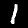
Label: 1